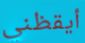
أيقظني